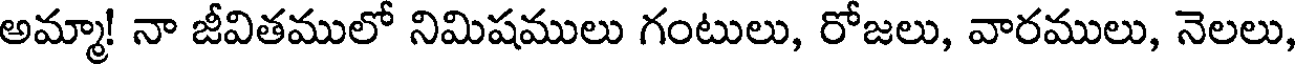
అమ్మా! నా జీవితములో నిమిషములు గంటులు, రోజలు, వారములు, నెలలు,